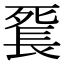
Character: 𨱼